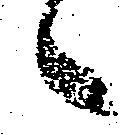
候